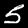
Label: 5